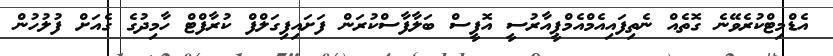
އެޑްމިޓްކުރެވޭނެ ގޮތެއް ނެތިފައިއެމްއެމްޕީއާރުސީ އޮފީސް ބަލާފާސްކުރަން ފަށައިފިގަލްފް ކުރާފްޓް ހާމިދުގެ ގެއަށް ފުލުހުން